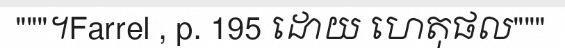
"""។Farrel , p. 195 ដោយ ហេតុផល"""